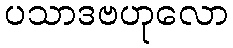
ပသာဒဗဟုလော